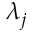
\lambda _ { j }